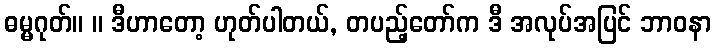
ဓမ္မဂုတ်။ ။ ဒီဟာတော့ ဟုတ်ပါတယ်, တပည့်တော်က ဒီ အလုပ်အပြင် ဘာဝနာ